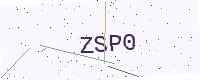
Text: ZSP0